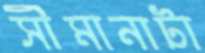
সীমানাটা